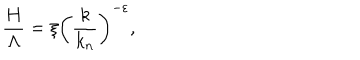
LaTeX: { \frac { H } { \Lambda } } = \xi \left( { \frac { k } { k _ { n } } } \right) ^ { - \varepsilon } ,